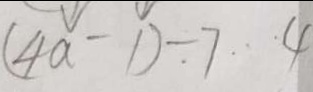
( 4 a - 1 ) = 7 \cdots 4